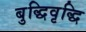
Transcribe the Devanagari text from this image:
बुद्धिवृद्धि